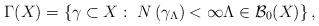
LaTeX: \begin{align*}\Gamma (X)=\left\{ \gamma \subset X:\ N\left( \gamma _{\Lambda }\right)<\infty \Lambda \in \mathcal{B}_{0}(X)\right\} ,\end{align*}